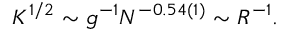
K ^ { 1 / 2 } \sim g ^ { - 1 } N ^ { - 0 . 5 4 ( 1 ) } \sim R ^ { - 1 } .